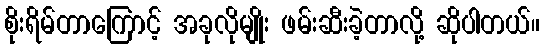
စိုးရိမ်တာကြောင့် အခုလိုမျိုး ဖမ်းဆီးခဲ့တာလို့ ဆိုပါတယ်။